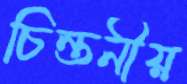
চিন্তনীয়